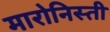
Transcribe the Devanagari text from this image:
मारोनिस्ती